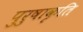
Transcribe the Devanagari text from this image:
पुरुषाकृति